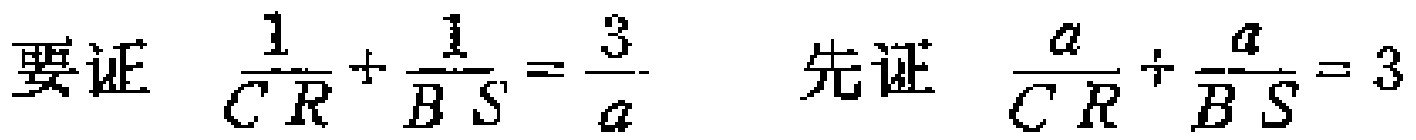
要证 $\frac{1}{C R}+\frac{1}{B S}=\frac{3}{a}$  先证 $\frac{a}{C R}+\frac{a}{B S}=3$